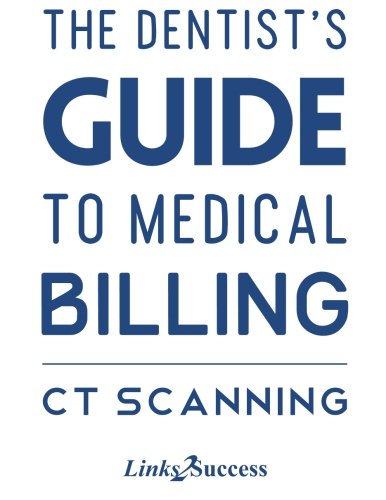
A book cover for The Dentists Guide to Medical Billing - CT Scanning (Volume 2); Christine Taxin; Medical Books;